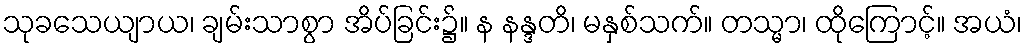
သုခသေယျာယ၊ ချမ်းသာစွာ အိပ်ခြင်း၌။ န နန္ဒတိ၊ မနှစ်သက်။ တသ္မာ၊ ထိုကြောင့်။ အယံ၊